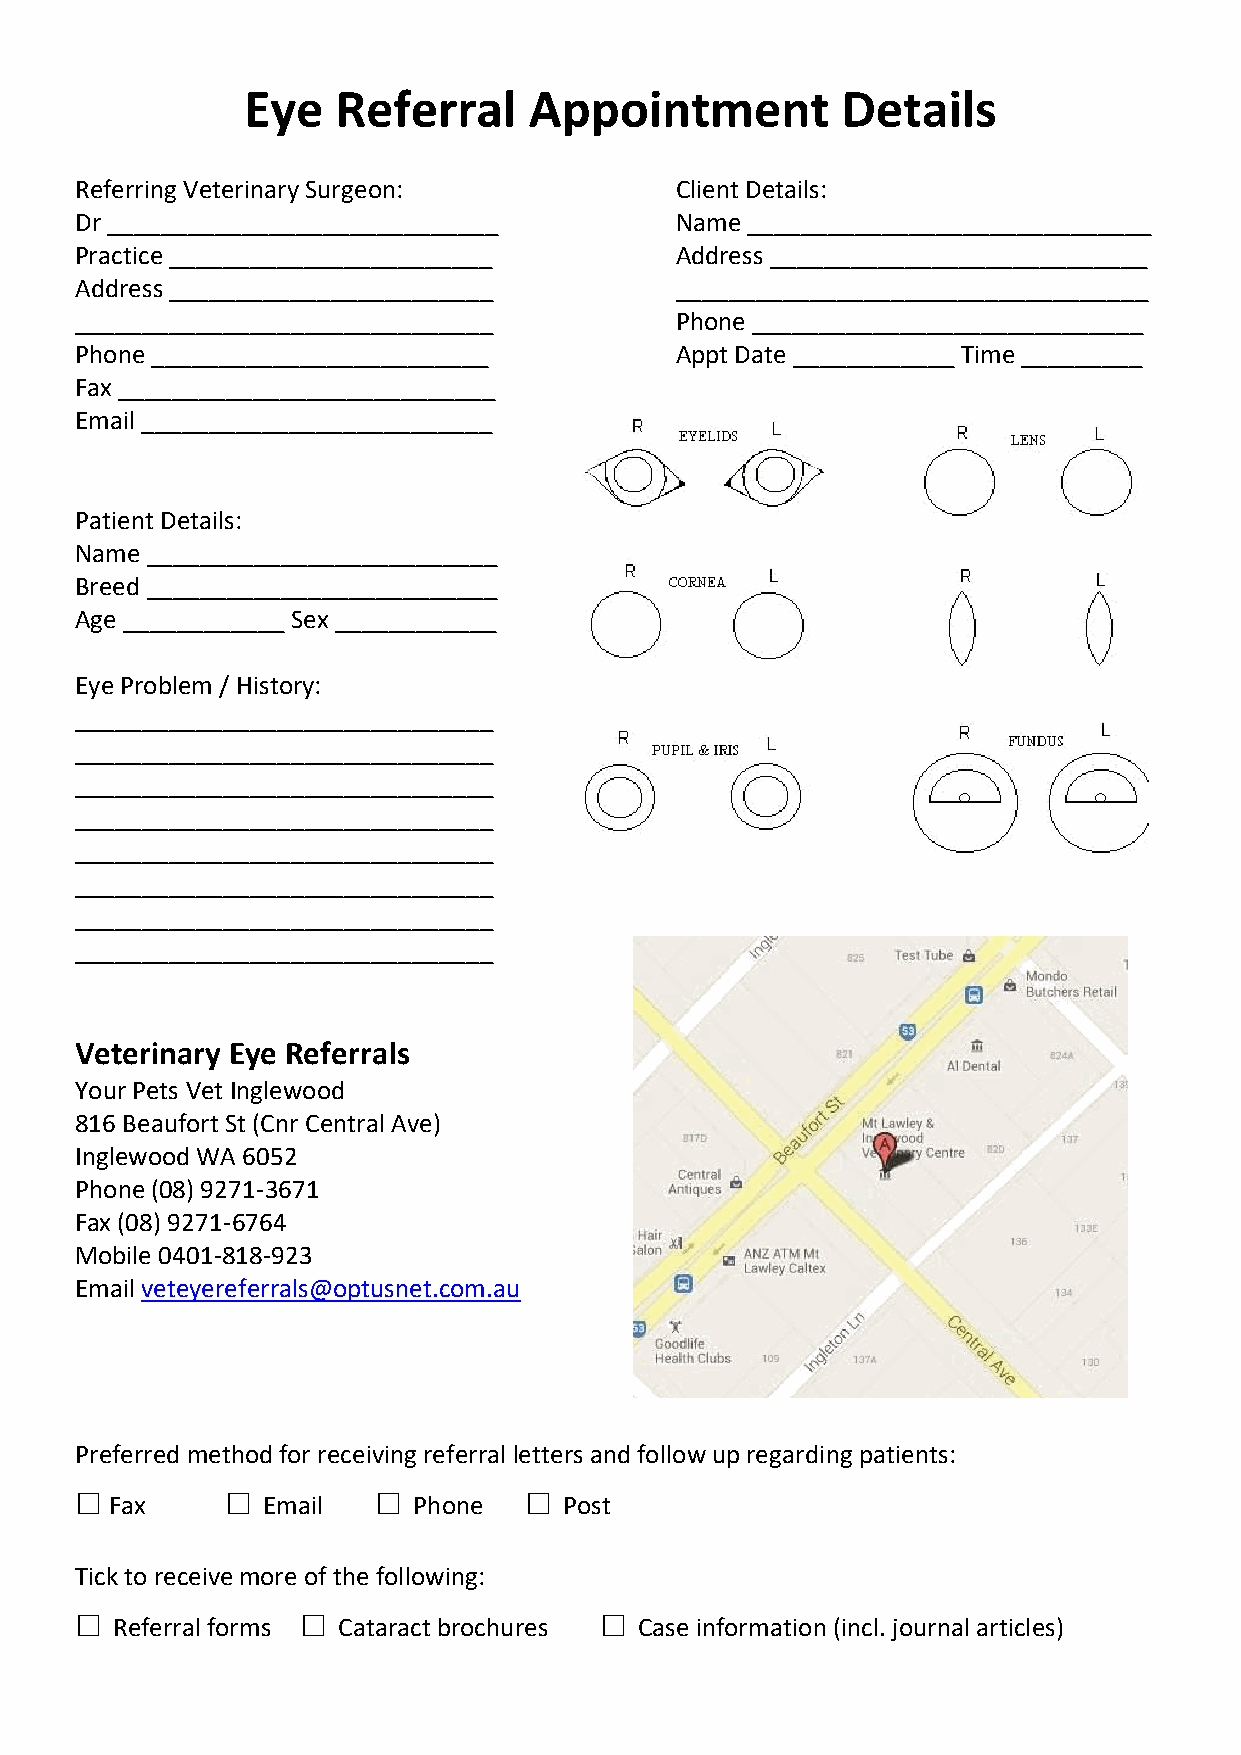
Eye   Referral     Appointment          Details
 Referring Veterinary Surgeon:           Client Details:
 Dr _____________________________        Name ______________________________
 Practice ________________________       Address ____________________________
 Address ________________________        ___________________________________
 _______________________________         Phone _____________________________
 Phone _________________________         Appt Date ____________ Time _________
 Fax ____________________________
 Email __________________________
 Patient Details:
 Name __________________________
 Breed __________________________
 Age ____________ Sex ____________
 Eye Problem / History:
 _______________________________
 _______________________________
 _______________________________
 _______________________________
 _______________________________
 _______________________________
 _______________________________
 _______________________________
 Veterinary Eye Referrals
 Your Pets Vet Inglewood
 816 Beaufort St (Cnr Central Ave)
 Inglewood WA 6052
 Phone (08) 9271-3671
 Fax (08) 9271-6764
 Mobile 0401-818-923
 Email veteyereferrals@optusnet.com.au
 Preferred method for receiving referral letters and follow up regarding patients:
 □         □         □         □
 Fax       Email     Phone     Post
 Tick to receive more of the following:
 □              □                   □
 Referral forms Cataract brochures  Case information (incl. journal articles)